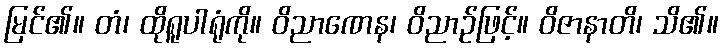
မြင်၏။ တံ၊ ထိုရူပါရုံကို။ ဝိညာဏေန၊ ဝိညာဉ်ဖြင့်။ ဝိဇာနာတိ၊ သိ၏။